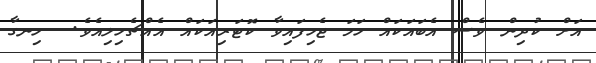
އަށް ކުދިން ވެސް އެބައަކައް ހަމަ ޖެހިފައިވާ ކޮޓަރިއަކައް އެއްޗެހިލިއެވެ.  ހިނގާ